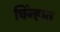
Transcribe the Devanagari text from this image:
चिंन्हात